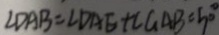
\angle D A B = \angle D A E + \angle G A B = 5 0 ^ { \circ }